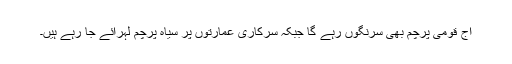
آج قومی پرچم بھی سرنگوں رہے گا جبکہ سرکاری عمارتوں پر سیاہ پرچم لہرائے جا رہے ہیں۔